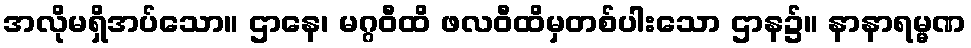
အလိုမရှိအပ်သော။ ဌာနေ၊ မဂ္ဂဝီထိ ဖလဝီထိမှတစ်ပါးသော ဌာန၌။ နာနာရမ္မဏ